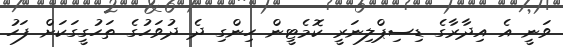
ވަނީ އެ އިދާރާގެ ޑިސިޕްލިނަރީ ކޮމެޓީން ހިންގި ދެ ދުވަހުގެ ތަހުގީގަކަށް ފަހު